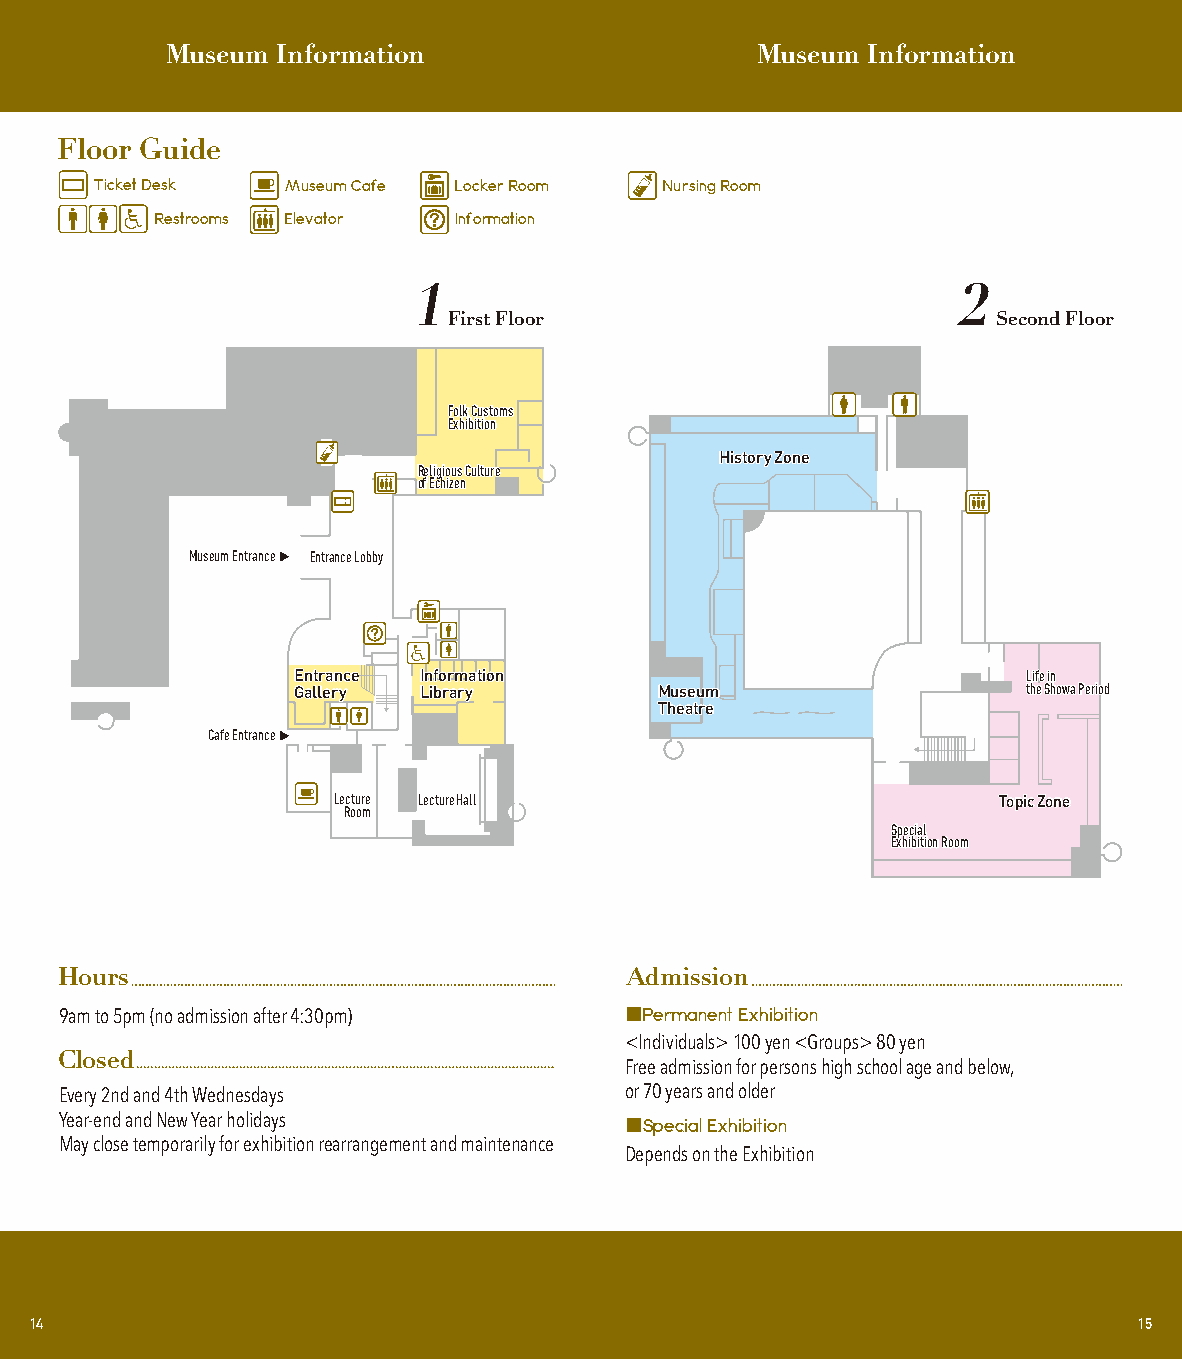
Museum Information                     Museum Information
 Floor Guide
 Ticket Desk  Museum Cafe Locker Room  Nursing Room
 Restrooms Elevator  Information
 1                                   2
 FFiirrsstt FFlloooorr               SSeeccoonndd FFlloooorr
 FFoollkk CCuussttoommss
 EExxhhiibbiittiioonn
 HHiissttoorryy ZZoonnee
 RReelliiggiioouuss CCuullttuurree
 ooff EEcchhiizzeenn
 Museum Entrance EEnnttrraannccee LLoobbbbyy
 EEnnttrraannccee IInnffoorrmmaattiioonn          LLiiffee iinn
 GGaalllleerryy LLiibbrraarryy MMuusseeuumm       tthhee SShhoowwaa PPeerriioodd
 TThheeaattrree
 Cafe Entrance
 LLeeccttuurree LLeeccttuurree HHaallll      TTooppiicc ZZoonnee
 RRoooomm
 SSppeecciiaall
 EExxhhiibbiittiioonn RRoooomm
 Hours                                Admission
 9am to 5pm (no admission after 4:30pm) ■Permanent Exhibition
 <Individuals> 100 yen <Groups> 80 yen
 Closed
 Free admission for persons high school age and below,
 Every 2nd and 4th Wednesdays         or 70 years and older
 Year-end and New Year holidays
 ■Special Exhibition
 May close temporarily for exhibition rearrangement and maintenance
 Depends on the Exhibition
 14                                                                       15